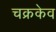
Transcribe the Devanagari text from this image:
चक्रकेव